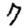
Digit: 7